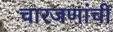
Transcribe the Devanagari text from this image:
चारजणांची